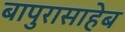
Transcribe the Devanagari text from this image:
बापुरासाहेब